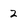
Character: 2